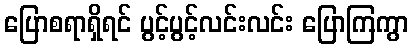
ပြောစရာရှိရင် ပွင့်ပွင့်လင်းလင်း ပြောကြကွာ